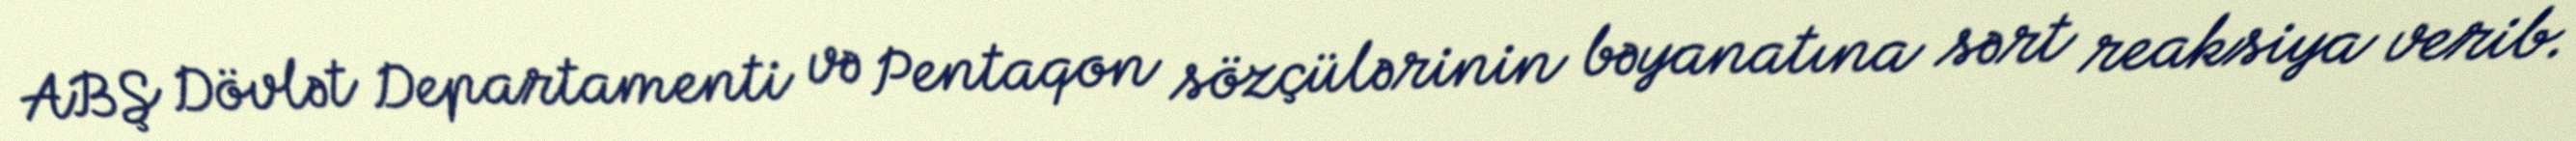
ABŞ Dövlət Departamenti və Pentaqon sözçülərinin bəyanatına sərt reaksiya verib.